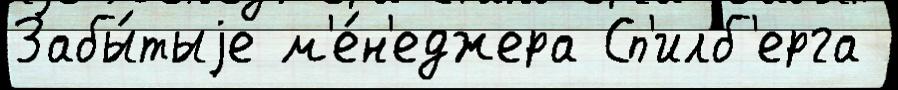
Забы́тыjе м'е́н'еджера Сп'илб'ерга